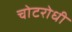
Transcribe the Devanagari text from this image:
चोटरोधी